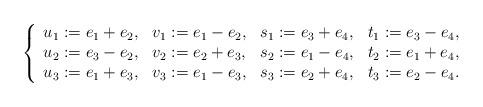
LaTeX: \begin{align*}\left\{\begin{array}{llll}u_1 := e_1 + e_2, & v_1 := e_1 - e_2, & s_1 := e_3 + e_4, & t_1 := e_3 - e_4, \\u_2 := e_3 - e_2, & v_2 := e_2 + e_3, & s_2 := e_1 - e_4, & t_2 := e_1 + e_4, \\u_3 := e_1 + e_3, & v_3 := e_1 - e_3, & s_3 := e_2 + e_4, & t_3 := e_2 - e_4. \end{array}\right.\end{align*}